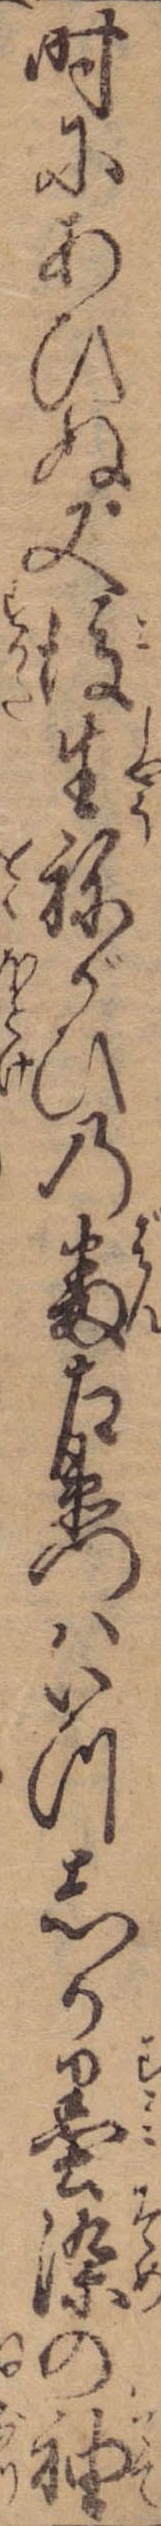
時にあひぬ又後生ねがひの番左衛門はいつしか墨染の袖